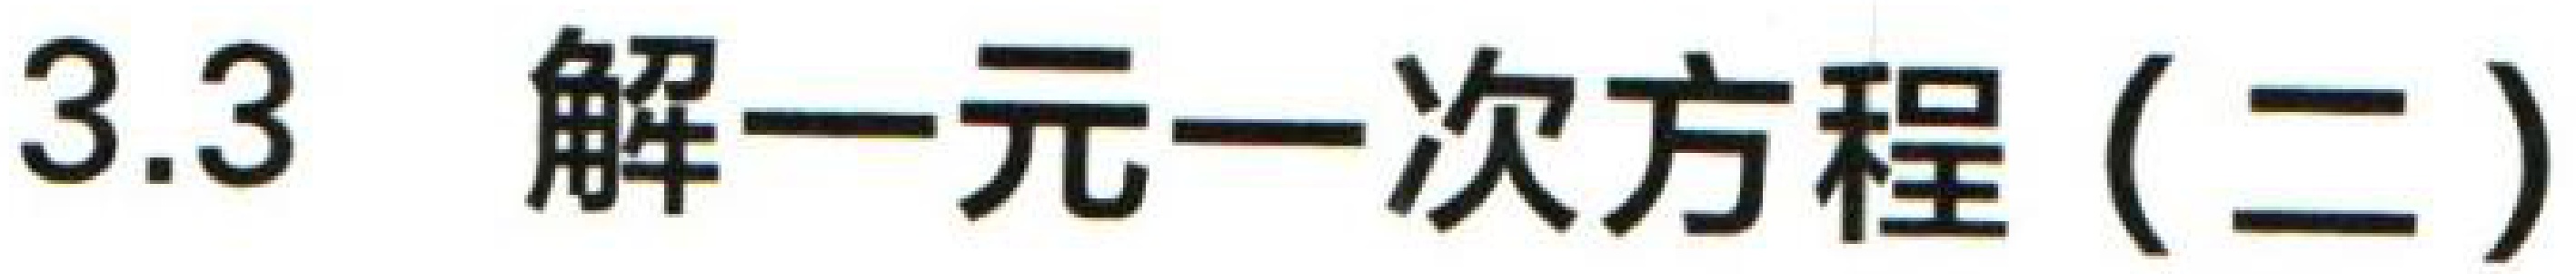
$3.3\ 解一元一次方程（二）$